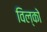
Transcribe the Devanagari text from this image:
विल्को